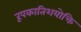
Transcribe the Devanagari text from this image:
रूपकातिशयोक्ति